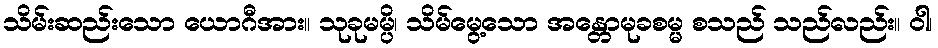
သိမ်းဆည်းသော ယောဂီအား။ သုခုမမ္ပိ၊ သိမ်မွေ့သော အန္တောမုခစမ္မ စသည် သည်လည်း။ ဝါ၊